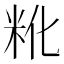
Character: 𬖒